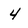
Character: 4